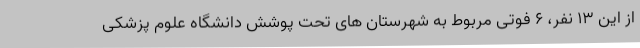
از این 13 نفر، 6 فوتی مربوط به شهرستان های تحت پوشش دانشگاه علوم پزشکی